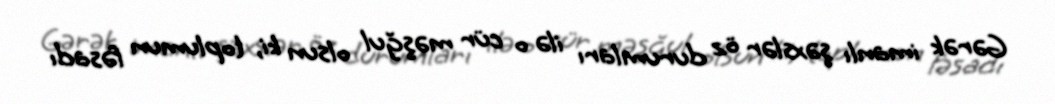
Gərək imanlı şəxslər öz durumları ilə o cür məşğul olsun ki, toplumun fəsadı